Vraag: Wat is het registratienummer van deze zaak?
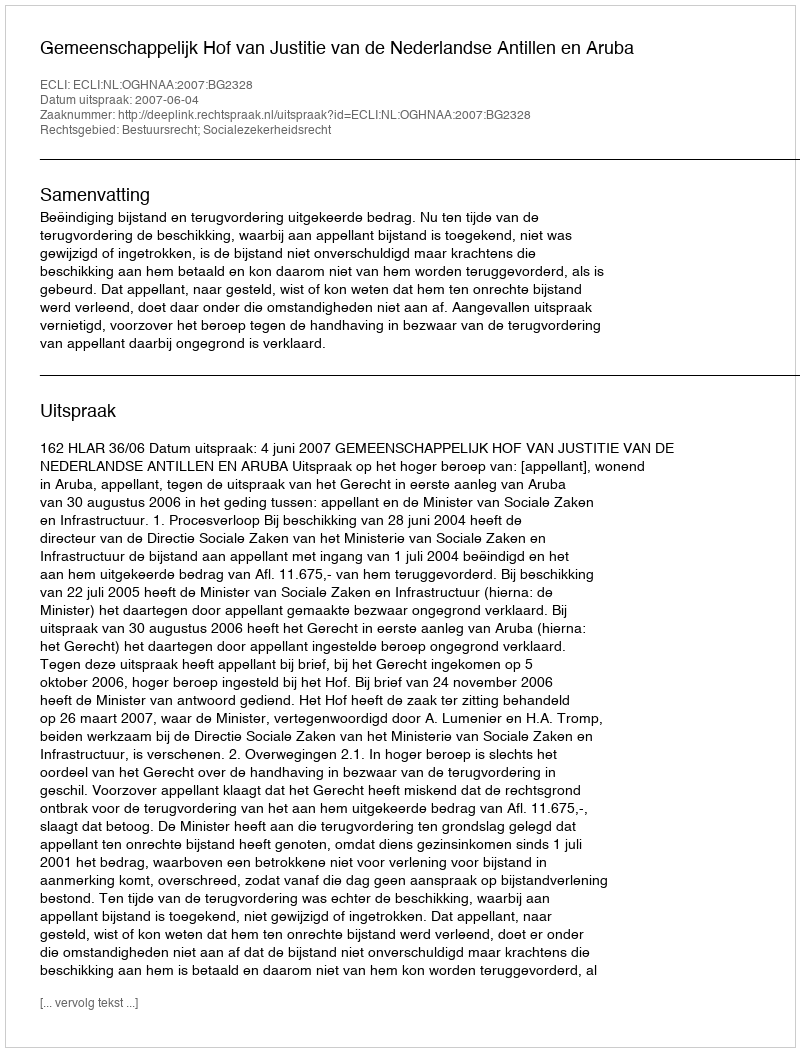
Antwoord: http://deeplink.rechtspraak.nl/uitspraak?id=ECLI:NL:OGHNAA:2007:BG2328